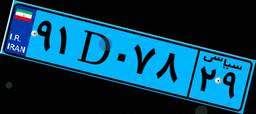
۹۱D۰۷۸۲۹